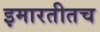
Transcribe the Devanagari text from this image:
इमारतीतच